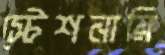
স্টেশনারি